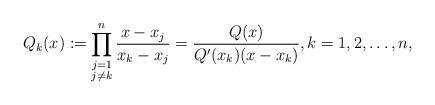
LaTeX: \begin{align*}Q_k(x):=\prod_{\substack{j=1\\j\neq k}}^n \frac{x-x_j}{x_k-x_j}=\frac{Q(x)}{Q'(x_k)(x-x_k)}, k=1,2,\dots, n,\end{align*}